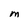
Character: M